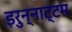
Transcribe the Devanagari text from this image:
इरुन्नाट्टम